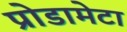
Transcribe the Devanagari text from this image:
प्रोडामेटा